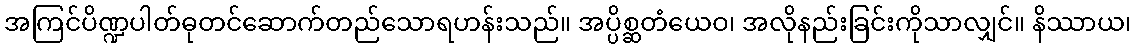
အကြင်ပိဏ္ဍပါတ်ဓုတင်ဆောက်တည်သောရဟန်းသည်။ အပ္ပိစ္ဆတံယေဝ၊ အလိုနည်းခြင်းကိုသာလျှင်။ နိဿာယ၊